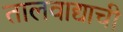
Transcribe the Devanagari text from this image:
तालवाद्याची